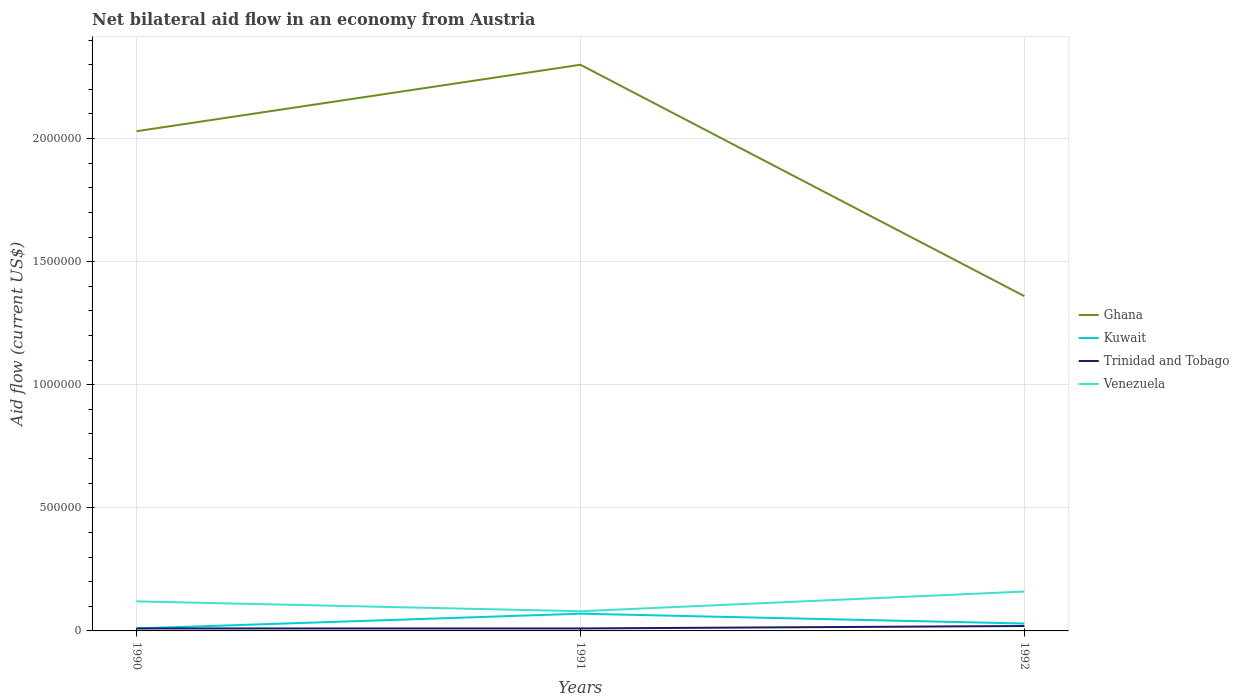
| Years | Ghana | Kuwait | Trinidad and Tobago | Venezuela |
 | --- | --- | --- | --- | --- |
 | 1990 | 2.03e+06 | 1e+04 | 1e+04 | 1.2e+05 |
 | 1991 | 2.3e+06 | 7e+04 | 1e+04 | 8e+04 |
 | 1992 | 1.36e+06 | 3e+04 | 2e+04 | 1.6e+05 |